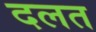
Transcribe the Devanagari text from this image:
दलत